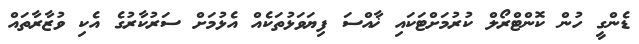
ޑެންގީ ހުން ކޮންޓްރޯލް ކުރުމަށްޓަކައި ޚާއްސަ ފިޔަވަޅުތަކެއް އެޅުމަށް ސަރުކާރުގެ އެކި ވުޒާރާތައް